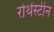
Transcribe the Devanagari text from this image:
रोथेंस्टीन